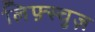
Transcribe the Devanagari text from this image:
लिफ़्स्चुज़